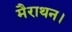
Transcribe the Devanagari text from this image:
मैराथन।